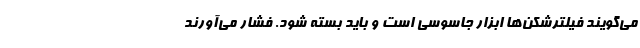
می‌گویند فیلترشکن‌ها ابزار جاسوسی است و باید بسته شود. فشار می‌آورند